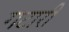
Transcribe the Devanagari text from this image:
गटारी